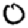
Digit: 0